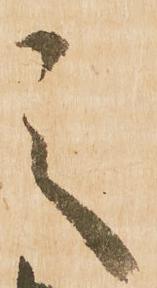
之